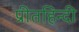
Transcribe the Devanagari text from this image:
प्रीतहिन्दी